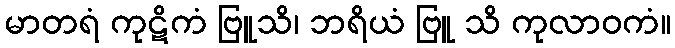
မာတရံ ကုဋိကံ ဗြူသိ၊ ဘရိယံ ဗြူ သိ ကုလာဝကံ။